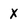
Character: x